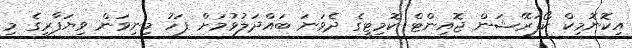
އިކޮނޮމިކް ކޯޕަރޭޝަން ޖޮއިންޓް ކޮމިޓީގެ ދެވަނަ ބައްދަލުވުމަށް ފަހު މިނިވަން ވިޔަފާރީގެ މި